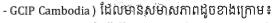
- GCIP Cambodia) ដែលមានសមាសភាពដូចខាងក្រោម៖